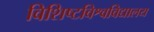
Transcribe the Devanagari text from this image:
विशिष्टविश्वविद्यालय